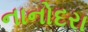
નાનોદરા